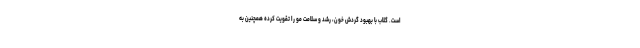
است. گلاب با بهبود گردش خون، رشد و سلامت مو را تقویت کرده همچنین به